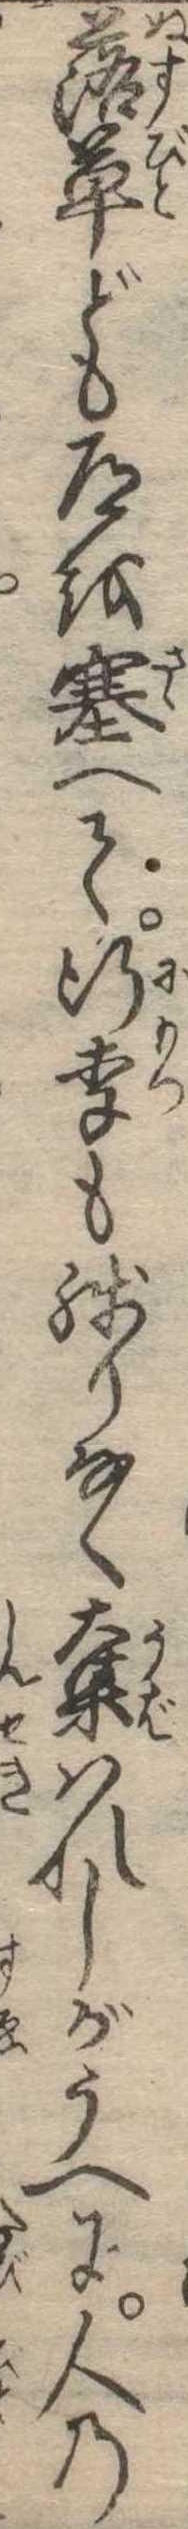
落草ども道を塞へて行季も残りなく奪はれしがうへに人の